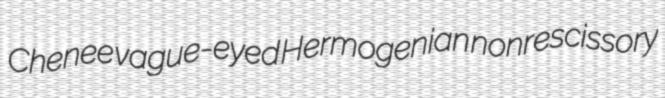
Chenee vague-eyed Hermogenian nonrescissory